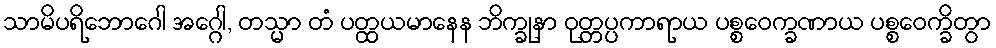
သာမိပရိဘောဂေါ အဂ္ဂေါ, တသ္မာ တံ ပတ္ထယမာနေန ဘိက္ခုနာ ဝုတ္တပ္ပကာရာယ ပစ္စဝေက္ခဏာယ ပစ္စဝေက္ခိတွာ